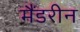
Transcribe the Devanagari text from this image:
मैंडरीन